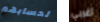
لحسابهم اغربي